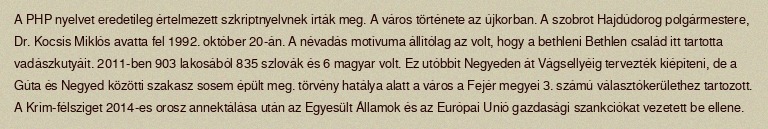
A PHP nyelvet eredetileg értelmezett szkriptnyelvnek írták meg. A város története az újkorban. A szobrot Hajdúdorog polgármestere, Dr. Kocsis Miklós avatta fel 1992. október 20-án. A névadás motívuma állítólag az volt, hogy a bethleni Bethlen család itt tartotta vadászkutyáit. 2011-ben 903 lakosából 835 szlovák és 6 magyar volt. Ez utóbbit Negyeden át Vágsellyéig tervezték kiépíteni, de a Gúta és Negyed közötti szakasz sosem épült meg. törvény hatálya alatt a város a Fejér megyei 3. számú választókerülethez tartozott. A Krím-félsziget 2014-es orosz annektálása után az Egyesült Államok és az Európai Unió gazdasági szankciókat vezetett be ellene.